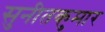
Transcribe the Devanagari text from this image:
सुनीतकुमार